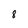
Character: 8